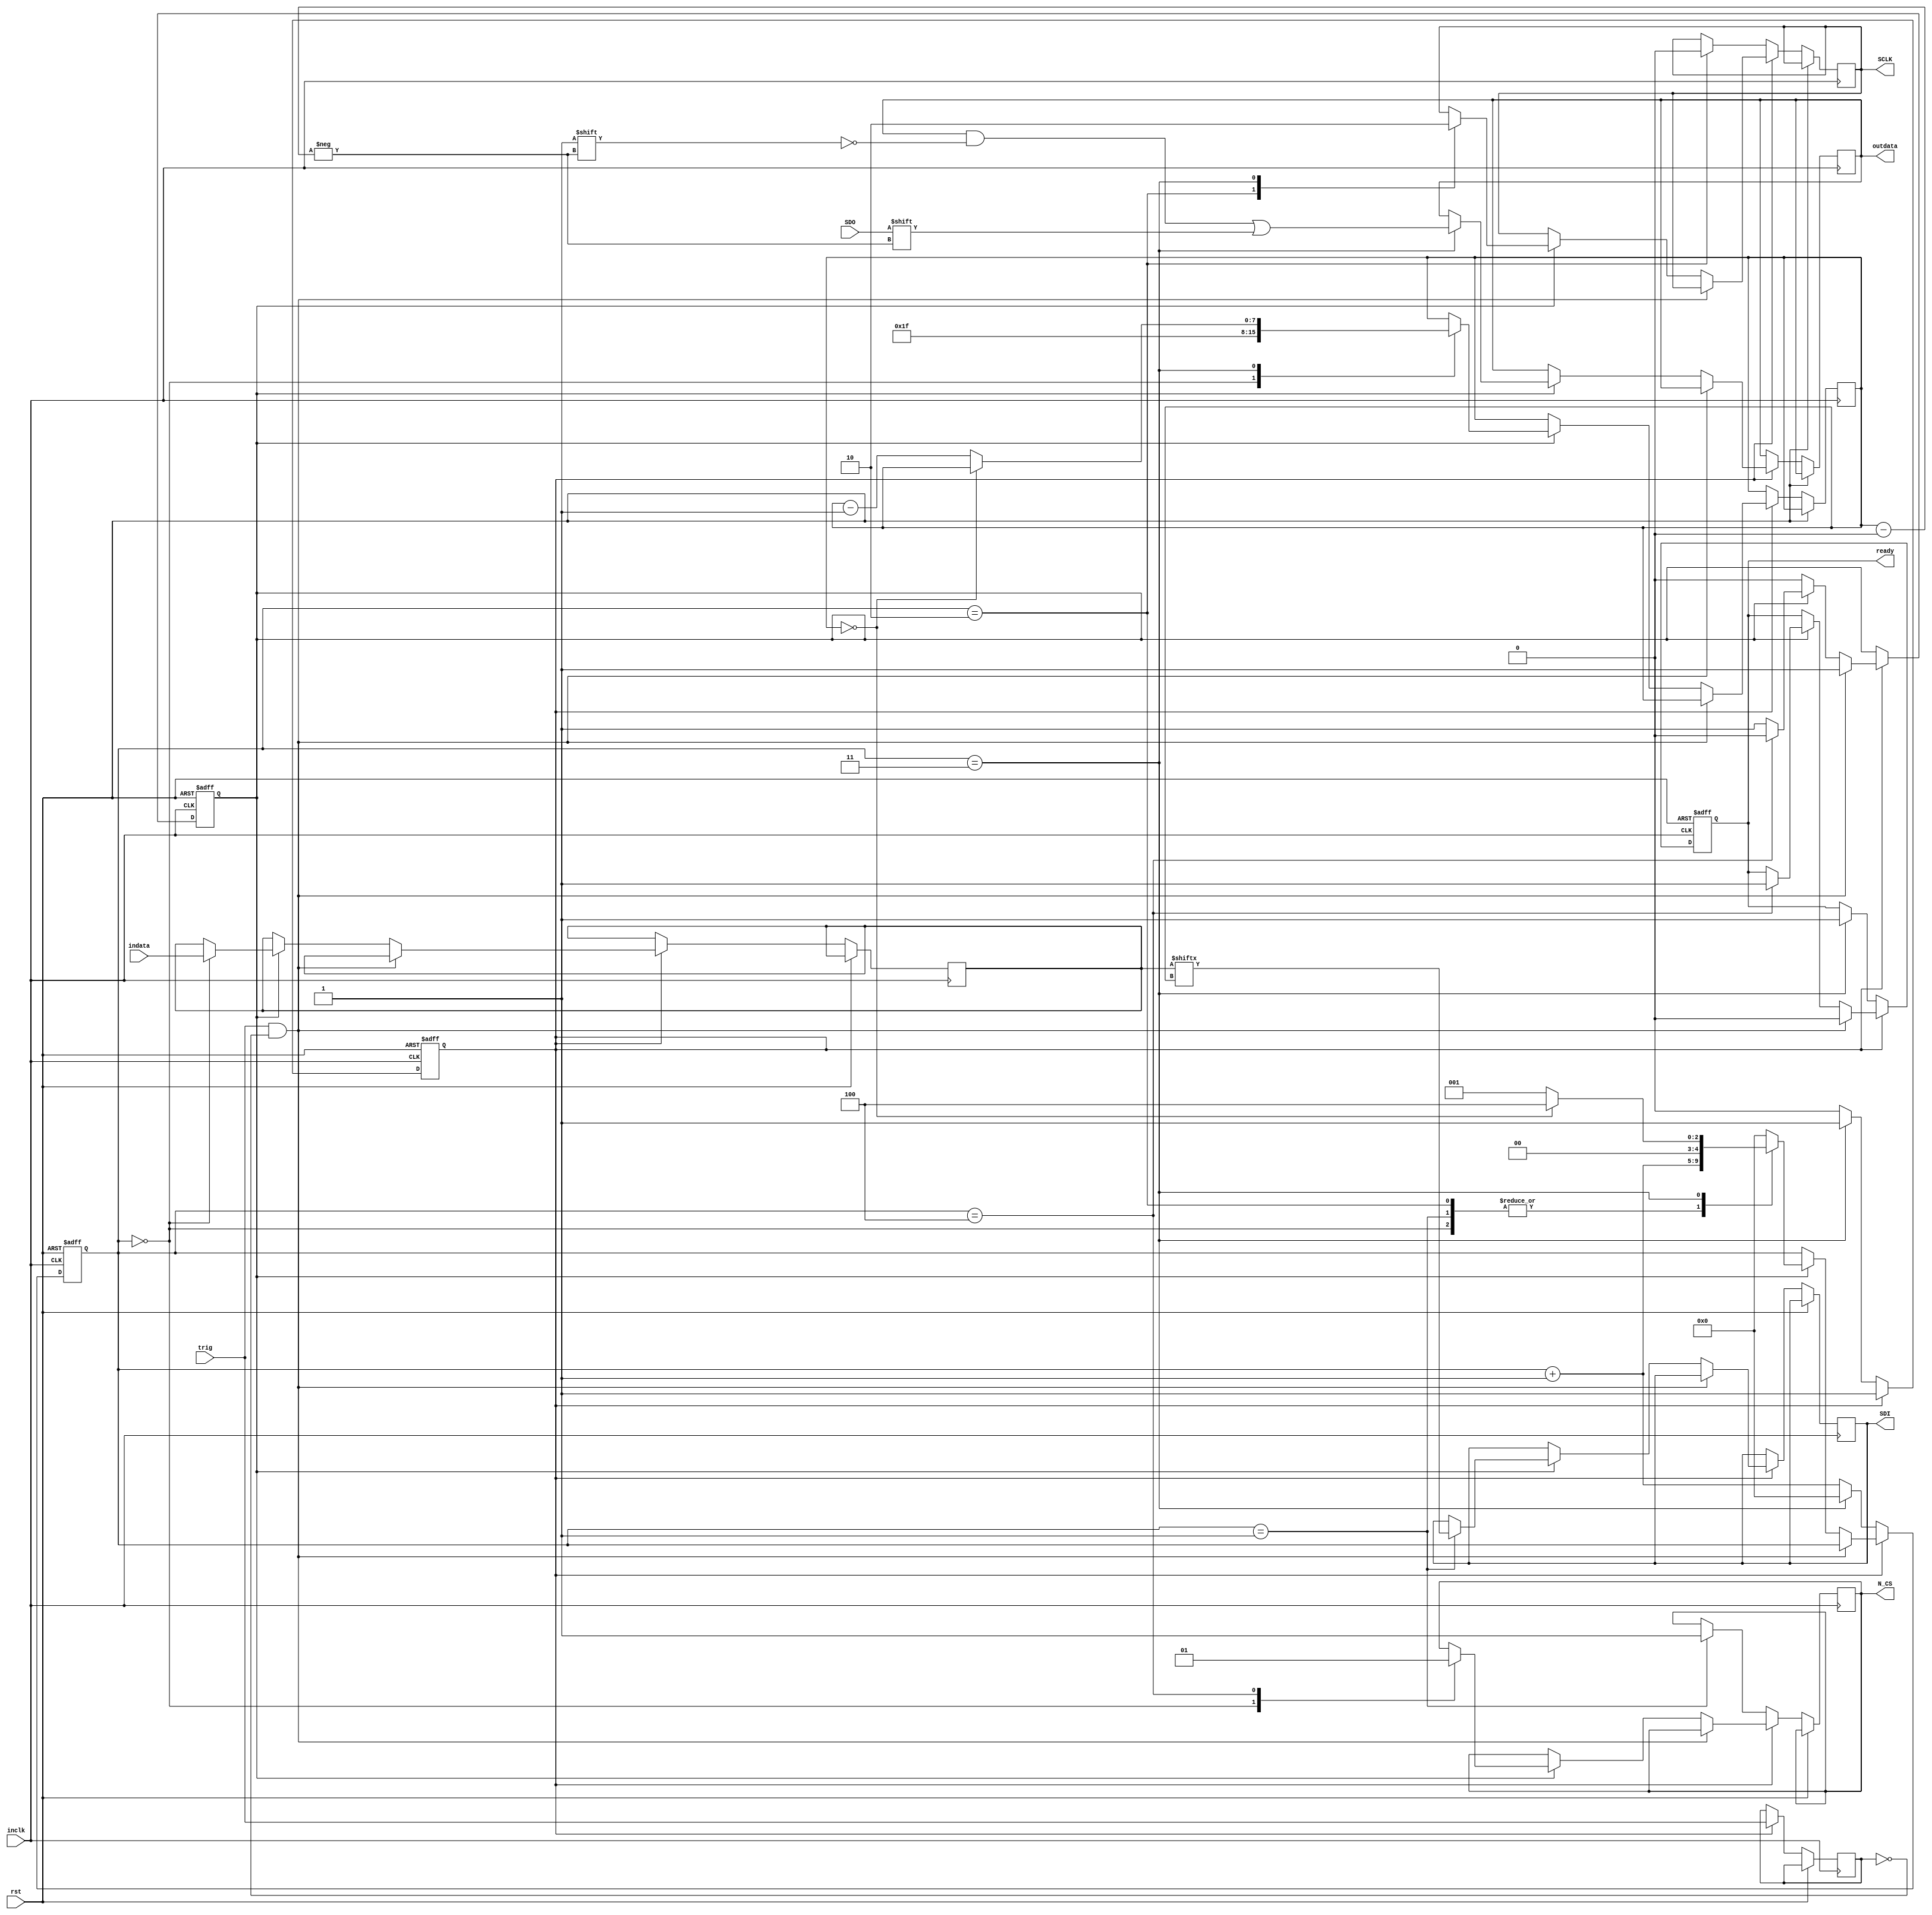
module SPI(inclk,rst,trig,indata,
SDO,
ready, 
outdata,
N_CS,SDI,SCLK
);

parameter SPI_LENGTH=32;

input inclk,trig,rst;
input [SPI_LENGTH-1:0]indata;

input SDO;

output reg N_CS,SDI,SCLK;

output reg ready;

output reg [SPI_LENGTH-1:0]outdata;

reg init;//if SPI is inited
reg busy;//if SPI is busy
reg lastTrig;
reg [SPI_LENGTH-1:0]TXBUF;//  bits to send
reg [7:0]w;

reg[4:0] t;




always@(posedge inclk or posedge rst)
begin
	if(rst)begin//rst
		init<=1'b0;
		busy<=1'b0;
		ready<=1'b0;
		t<=5'd0;
	end
	else begin//inclk 
		if(!init)begin//
			t<=t+1'b1;
			case(t)	
				5'd1:begin N_CS<=1'b1; end
				5'd2:begin SCLK<=1'b0; end
				5'd3:begin t<=5'd0;init<=1'b1;ready<=1'b1; end
			endcase
		end
		else begin//inited
			lastTrig<=trig;
			if((trig==1'b1)&&(lastTrig==1'b0))begin//trig posedge
				busy<=1'b1;
				ready<=1'b0;
			end//trig posedge
			else begin//inclk
				if(busy)begin//busy=1
					t<=t+1'b1;
					case(t)
						5'd0:begin N_CS<=1'b0;TXBUF<=indata;w<=SPI_LENGTH-1; end
						5'd1:begin SDI<=TXBUF[w]; end
						5'd2:begin SCLK<=1'b1; end
						5'd3:begin
									outdata[w]<=SDO;
									SCLK<=1'b0; 
									if(w==8'd0)begin//done,goto 4
										t<=5'd4;
									end
									else begin//n,goto 1
										w<=w-1'b1;
										t<=5'd1;
									end
								end
						5'd4:begin busy<=0;ready<=1'b1;t<=5'd0;N_CS<=1'b1; end
						default:begin t<=5'd0; end
					endcase
				end//busy=1
				else begin//busy=0
				
				end
			end//inclk	
		end	
	end
end
endmodule